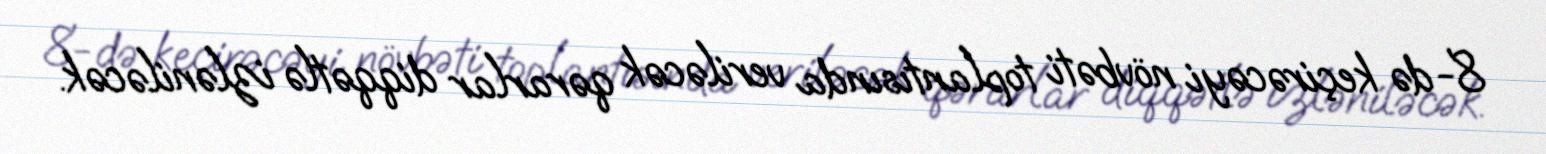
8-də keçirəcəyi növbəti toplantısında veriləcək qərarlar diqqətlə izləniləcək.